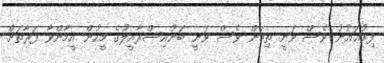
ފިރުޢައުނު ވެސް ވަނީ ތިމަން ވެސް ވަނީ ބަނޫއިސްރާއީލުގެ މީހުން އީމާންވާ ފަރާތަށް